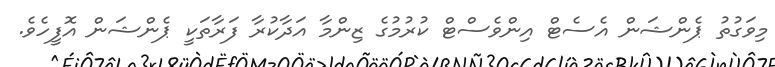
މިވަގުތު ޕެންޝަން އެސެޓް އިންވެސްޓް ކުރުމުގެ ޒިންމާ އަދާކުރާ ފަރާތަކީ ޕެންޝަން އޮފީހެވެ.